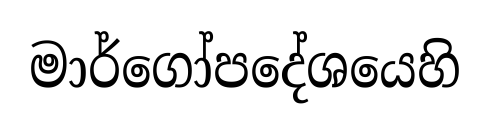
මාර්ගෝපදේශයෙහි